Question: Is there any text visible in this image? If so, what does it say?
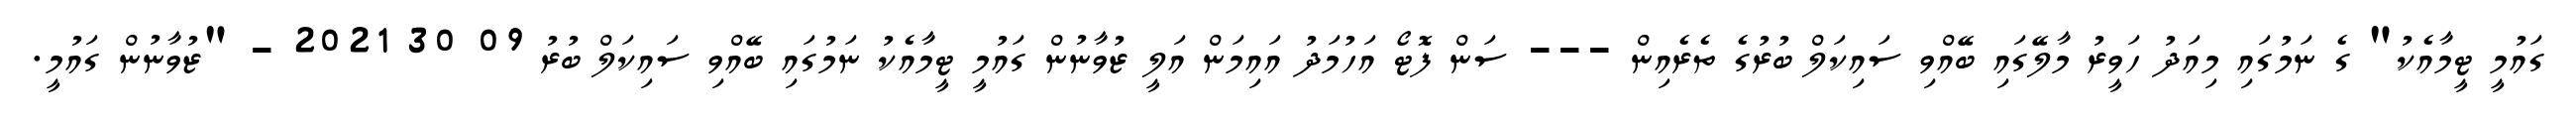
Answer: ގައުމީ ޓީމާއެކު" ގެ ނަމުގައި މިއަދު ހަވީރު މާލޭގައި ބޭއްވި ސައިކަލް ބުރުގެ ތެރެއިން --- ސަން ފޮޓޯ އަހުމަދު އައިމަން އަލީ ޒުވާނުން ގައުމީ ޓީމާއެކު ނަމުގައި ބޭއްވި ސައިކަލް ބުރު 09 30 2021 - "ޒުވާނުން ގައުމީ.